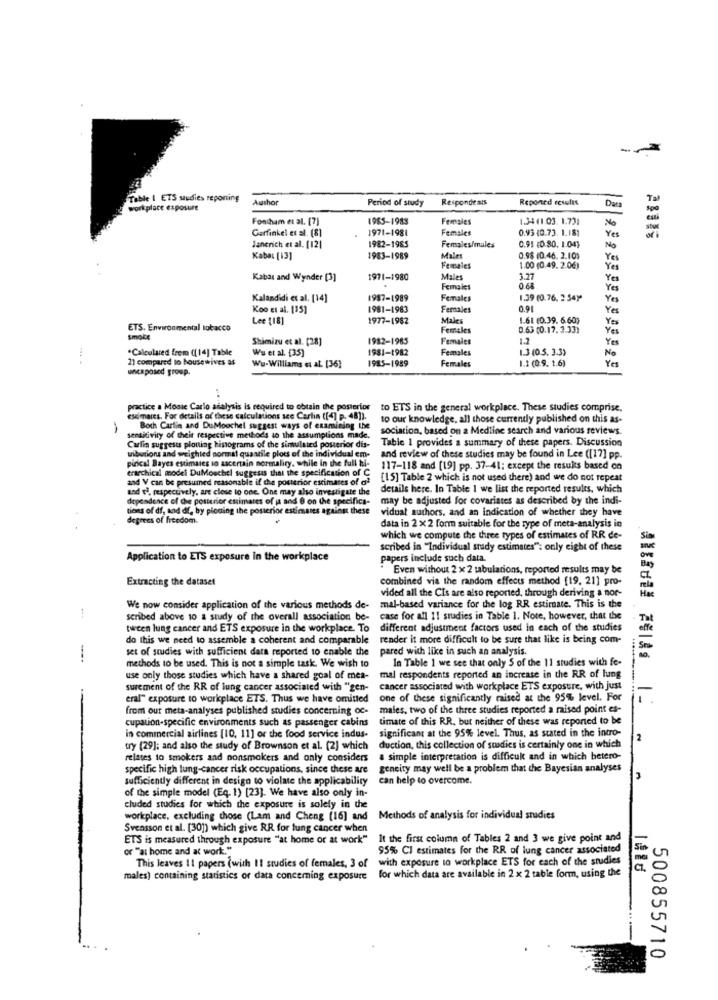
Table I ETS studies reporting
Author
Period of study
Respondeals
Reponed results
Data
Ta
workplace exposure
Spo
Fontham et al. [7]
1985-1983
Females
1.34 (1 03. 1.73:
No
1971-1981
0.93 (0.73. 1.18)
Yes
Garfinkel et al. [8]
Females
Janerich et al. [12]
1982-1985
Females/males
0.95 40.80. 1.04)
No
Kabat [13]
1983-1989
Males
0.9$ (0.46. 2.10)
Yes
Females
1.00 (0.49. 2.06)
Yes
Kabar and Wynder [3]
1971-1980
Males
3.77
Yes
Females
0.68
Yes
Kalandidi et al. [14]
1987-1989
Females
1.39 (0.76. 2 54)*
Yes
Koo et al. [35]
1981-1983
Females
0.91
Yes
Lee [18]
1977-1982
Males
1.61 (0.39. 6.60)
Yes
ETS. Environmental tobacco
Females
0.63 (0.17.3.33)
Yes
smoke
Shimizu et al. [28]
1982-1985
Females
1.2
Yes
.Calculated from ([14] Table
We et al. [35]
1981-1982
Females
1.3 (0.5. 3.3)
No
21 compared to housewives as
1985-1989
Females
1.2 (0.9. 1.6)
Yes
uisposed group.
Wu-Williams et al. [36]
practice a Monte Carlo analysis is required to obtain the posterior to ETS in the general workplace. These studies comprise.
escimares. For details of these calculations see Carlin ([4] p. 48]).
to our knowledge, all those currently published on this as-
Both Cartin and DuMoochel suggest ways of examining the
sociation, based on a Medline search and various reviews.
sensitivity of their respective methods to the assumptions made.
Carlin suggests plotting histograms of the simulated posterior dis-
Table 1 provides a summary of these papers. Discussion
wibutions and weighted normal quastile plots of the individual em- and review of these studies may be found in Lee ([17] pp.
pincal Bayes estimates to ascertain normality, while in the full hi-
erarchical model DuMoschel suggests that the specification of C
117-118 and [19] pp. 37-41; except the results based on
and V can be presumed reasonable if che posterior estimates of ol
[15] Table 2 which is not used there) and we do not repeat
and vi, respectively, are close to one. One may also investigate the
details here. In Table 1 we list the reported results, which
dependence of the posterior estimates of ja and @ on the specifics-
may be adjusted for covariates as described by the indi-
tions of df, and df, by placing the posterior estimates against these
vidual authors, and an indication of whether they have
degrees of freedom.
data in 2 x 2 form suitable for the type of meta-analysis in
which we compute the three types of estimates of RR de-
scribed in "Individual stady estimates": only eight of these
Application to ETS exposure In the workplace
papers include such data.
Even without 2 x 2 tabulations, reported results may be
Extracting the dataset
combined via the random effects method [19, 21] pro-
vided all the Cis are also reported, through deriving a nor-
We now consider application of the various methods de-
mal-based variance for the log RR estimate. This is the
scribed above 10 a study of the overall association be- case for all 11 studies in Table 1. Note, however, that the
Tal
tween lung cancer and ETS exposure in the workplace. To
different adjustment factors used in each of the studies
effe
do this we need to assemble a coherent and comparable render it more difficult to be sure that like is being com-
set of studies with sufficient data reported to enable the
pared with like in such an analysis.
-
In Table 1 we see that only $ of the 11 studies with fe-
methods to be used. This is not a simple task. We wish to
use only those studies which have a shared goal of mea-
mal respondents reported an increase in the RR of lung
surement of the RR of lung cancer associated with "gen-
cancer associated with workplace ETS exposure, with just
eral" exposure to workplace ETS. Thus we have omitted
one of these significantly raised at the 95% level. For
from our meta-analyses published studies concerning oc-
males, two of the three studies reported a raised point es-
timate of this RR. but neither of these was reported to be
cupation-specific environments such as passenger cabins
significant at the 95% level. Thus, as stated in the intro-
in commercial airlines [10, 11] or the food service indus-
2
try (29]; and also the study of Brownson et al. [2] which
duction, this collection of studies is certainly one in which
relates to smokers and nonsmokers and only considers
a simple interpretation is difficuk and in which betero-
specific high tung-cancer risk occupations, since these are
geneity may well be a problem that the Bayesian analyses
sufficiently different in design to violate the applicability
can help to overcome.
of the simple model (Eq. 1) [23]. We have also only in-
cluded studies for which the exposure is solely in the
workplace, excluding those (Lam and Cheng [16] and
Methods of analysis for individual studies
Svensson et al. [30]) which give RR for lung cancer when
ETS is measured through exposure "at home or at work"
It the first column of Tables 2 and 3 we give point and
or "at home and at work."
95% CI estimates for the RR of lung cancer associated
This leaves Il papers (with II studies of females, 3 of with exposure to workplace ETS for each of the studies
males) containing statistics or data concerning exposure for which data are available in 2 x 2 table form, using the
500855710